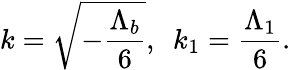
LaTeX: k=\sqrt{-\frac{\Lambda_{b}}{6}},\ \ k_{1}=\frac{\Lambda_{1}}{6}.